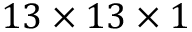
1 3 \times 1 3 \times 1